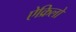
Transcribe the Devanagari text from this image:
ऐक्रिलो